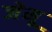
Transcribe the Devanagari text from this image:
जेमू